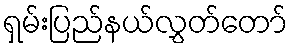
ရှမ်းပြည်နယ်လွှတ်တော်